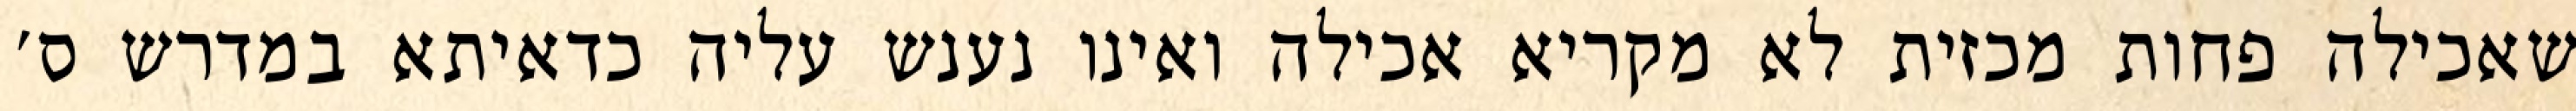
שאכילה פחות מכזית לא מקריא אכילה ואינו נענש עליה כדאיתא במדרש ס׳